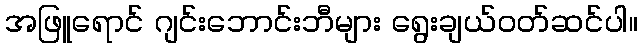
အဖြူရောင် ဂျင်းဘောင်းဘီများ ရွေးချယ်ဝတ်ဆင်ပါ။